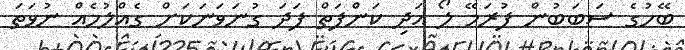
ބޭހުގެ ސަބަބުން ފުރަމޭ ލޯ އަދި ކަންފަތް ފަދަ ގުނަވަނަކަށް ގެއްލުމެއް ނުވަތަ